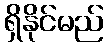
ရှိနိုင်မည်